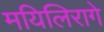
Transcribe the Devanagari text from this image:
मयिलिरागे